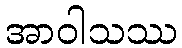
အာဝါသဿ